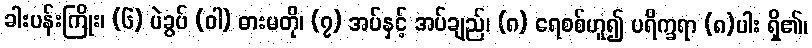
ခါးပန်းကြိုး၊ (၆) ပဲခွပ် (ဝါ) ဓားမတို၊ (၇) အပ်နှင့် အပ်ချည်၊ (၈) ရေစစ်ဟူ၍ ပရိက္ခရာ (၈)ပါး ရှိ၏၊